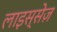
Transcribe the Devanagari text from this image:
लाइस्सेज़